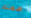
معتاد